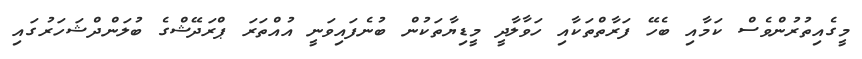
މީގެއިތުރުންވެސް ކަމާއި ބެހޭ ފަރާތްތަކާއި ހަވާލާދީ މީޑިޔާތަކުން ބުނެފައިވަނީ އުއްތަރަ ޕްރަދޭޝްގެ ބުލަންދްޝަހަރުގައި